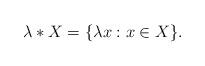
LaTeX: \begin{align*}\lambda \ast X = \{ \lambda x: x \in X\}.\end{align*}